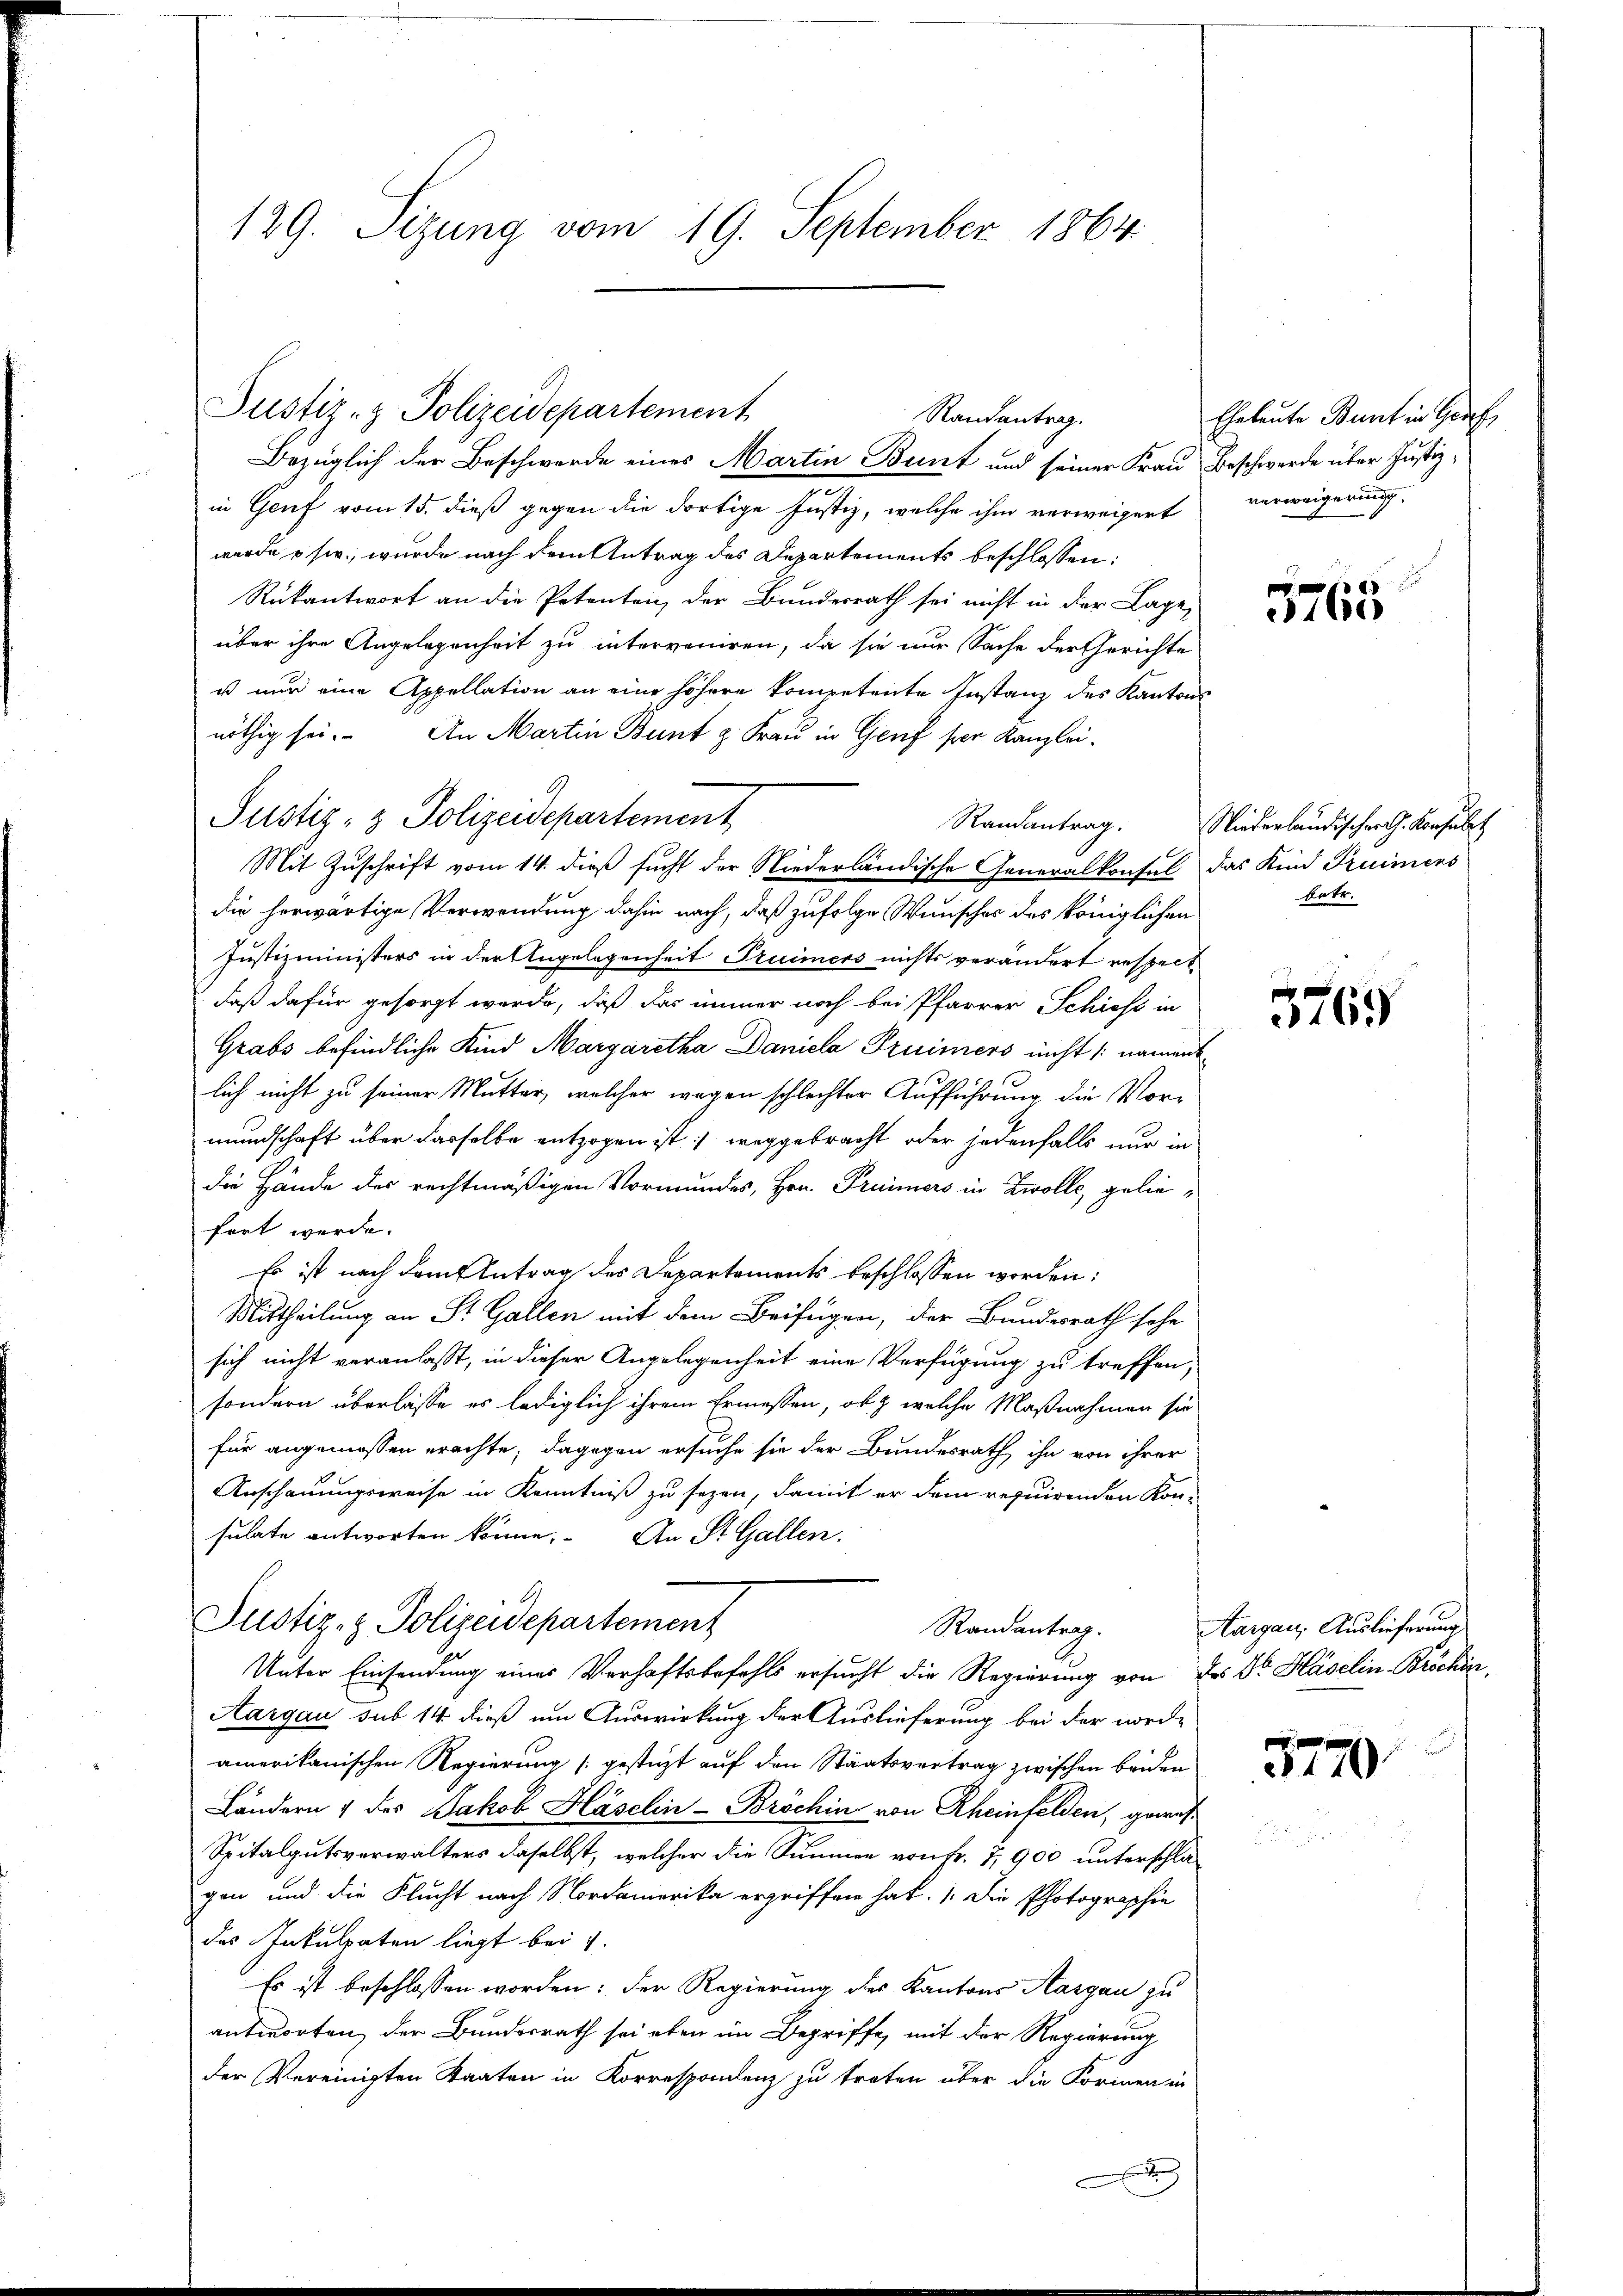
Bezüglich der Beschwerde eines Martin Bunt und seiner Frau Beschwerde über Justizin Genf vom 15. dieß gegen die dortige Justiz, welche ihm verweigert
wurde u sie wurde nach dem Antrag des Departements beschlossen:
Rükantwort an die Petenten, der Bundesrath sei nicht in der Lage,
über ihre Angelegenheit zu interveniren, da sie nur Sache der Gerichte
ust nur eine Appellation an eine höhere kompetente Instanz des Kantons
nöthig sei. An Martin Bunt z. Frau in Genf per Kanzlei¬
Justiz- & Polizeidepartement
Randantrag.
Mit Zuschrift vom 14. dieß sucht der Niederländische Generalkonsul das Kind Freimens
die herwärtige Verwendung dahin nach, daß zufolge Wunscher des königlichen
Justizministers in der Angelegenheit Truimers nichts verändert respect
daß dafür gesorgt werde, daß das immer noch bei Pfarrer Schieht in
Grabs befindliche Kind Margaretha Daniela Pruimers nicht /: namentlich nicht zu seiner Mutter, welcher wegen schlechter Aufführung die Vormundschaft über dasselbe entzogen ist: weggebracht oder jedenfalls nur in
die Hände des rechtmäßigen Vormundes, Hrn. Früimers in Zwolle, geliefert werde.
Es ist nach dem Antrag des Departements beschlossen worden:
Mittheilung an St. Gallen mit dem Beifügen, der Bundesrath sehe
sich nicht veranlasst, in dieser Angelegenheit eine Verfügung zu treffen;
sondern überlasse es lediglich ihrem Ermessen, ob & welche Maßnahmen sie
für angenossen erachte; dagegen ersuche sie der Bundesrath ihn von ihrer
Anschauungsweise in Kenntniß zu sezen, damit er dem requirenden Konsulate antworten könne. An St. Gallen.
Justiz- & Polizeidepartement
Randantrag.
Unter Einsendung eines Verhaftsbefehls ersucht die Regierung von des Dr. Haselin-Bröchin,
Aargau sub 14 dieß um Auswirkung der Auslieferung bei der norde
amerikanischen Regierung (gestützt auf den Staatsvertrag zwischen beiden
Ländern & des Jakob Häselin-Bröchin von Rheinfelden, gewis¬
Spitalgutsverwalters daselbst, welcher die Summen von Fr. 7, 900 unterschlagen und die Flucht nach Nordamerika ergriffen hat. 1 die Photographie
des Inkulpaten liegt bei v.
Es ist beschlossen worden: der Regierung des Kantons Aargau zu
antworten der Bundesrath sei eben im Begriffe, mit der Regierung
der Vereinigten Staaten in Korrespondenz zu treten über die Formen in
A

Justiz- & Polizeidepartement
Randantrag.

129. Sizung vom 19. September 1864.

Eheleute Bunt in Gef
verweigerung

e

160)

Niederländischer G. Konsulat
betr.

e
160

Aargau, Auslieferung

3770